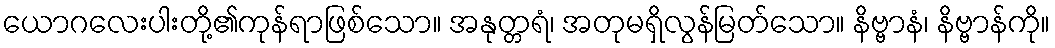
ယောဂလေးပါးတို့၏ကုန်ရာဖြစ်သော။ အနုတ္တရံ၊ အတုမရှိလွန်မြတ်သော။ နိဗ္ဗာနံ၊ နိဗ္ဗာန်ကို။